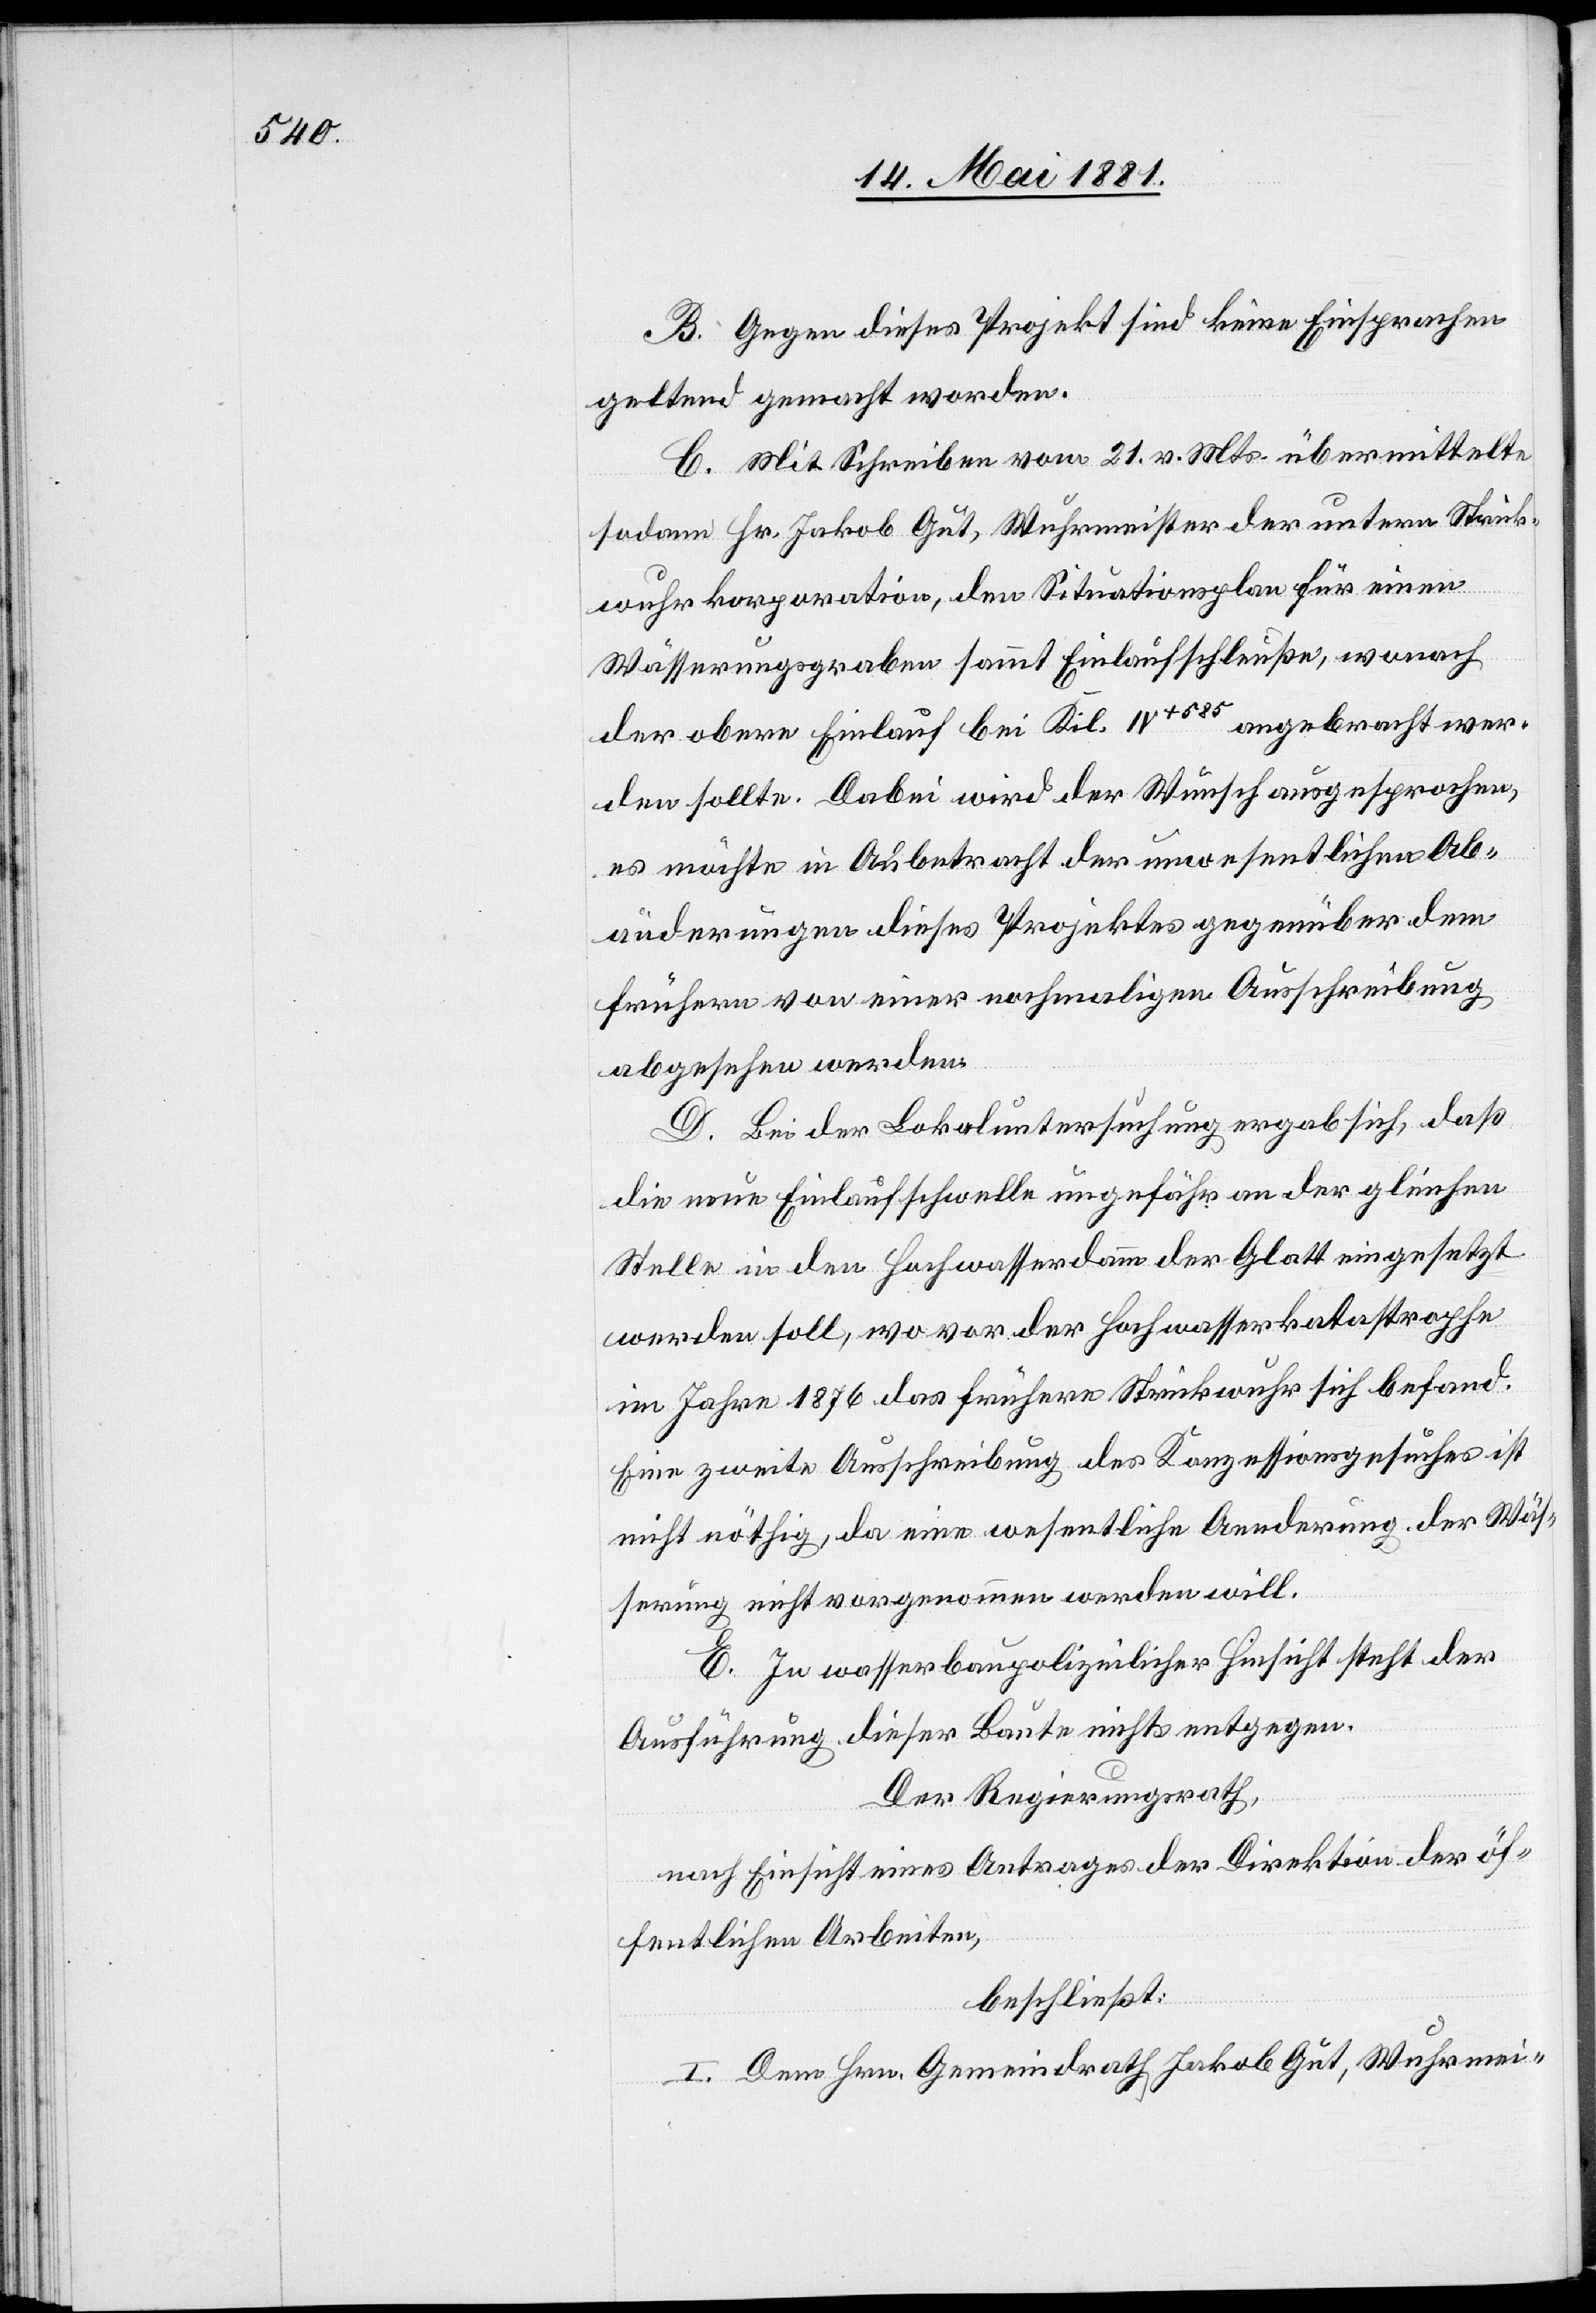
B. Gegen dieses Projekt sind keine Einsprachen
geltend gemacht worden.
C. Mit Schreiben vom 21. v. Mts. übermittelte
sodann Hr. Jakob Gut, Wuhrmeister der untern Strick¬
wuhrkorporation, den Situationsplan für einen
Wässerungsgraben sammt Einlaufschleuße, wonach
der obere Einlauf bei Kil. IV+585 angebracht wer¬
den sollte. Dabei wird der Wunsch ausgesprochen,
es möchte in Anbetracht der unwesentlichen Ab¬
änderungen dieses Projektes gegenüber dem
frühern von einer nochmaligen Ausschreibung
abgesehen werden.
D. Bei der Lokaluntersuchung ergab sich, daß
die neue Einlaufschwelle ungefähr an der gleichen
Stelle in den Hochwasserdamm der Glatt eingesetzt
werden soll, wo vor der Hochwasserkatastrophe
im Jahre 1876 das frühere Strickwuhr sich befand.
Eine zweite Ausschreibung des Konzessionsgesuches ist
nicht nöthig, da eine wesentliche Aenderung der Wäs¬
serung nicht vorgenommen werden will.
E. In wasserbaupolizeilicher Hinsicht steht der
Ausführung dieser Baute nichts entgegen.
Der Regierungsrath,
nach Einsicht eines Antrages der Direktion der öf¬
fentlichen Arbeiten,
beschließt:
I. Dem Hrn. Gemeindrath Jakob Gut, Wuhrmei-